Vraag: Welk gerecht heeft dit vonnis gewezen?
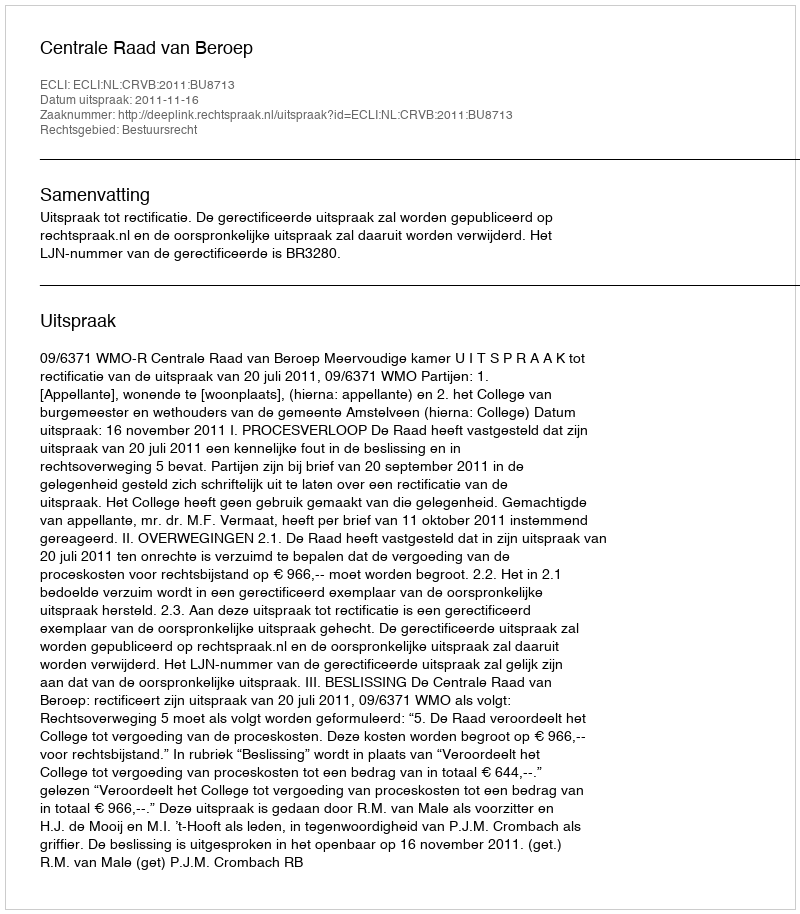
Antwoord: Centrale Raad van Beroep